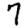
Digit: 7